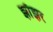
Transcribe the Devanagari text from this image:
झाँझर